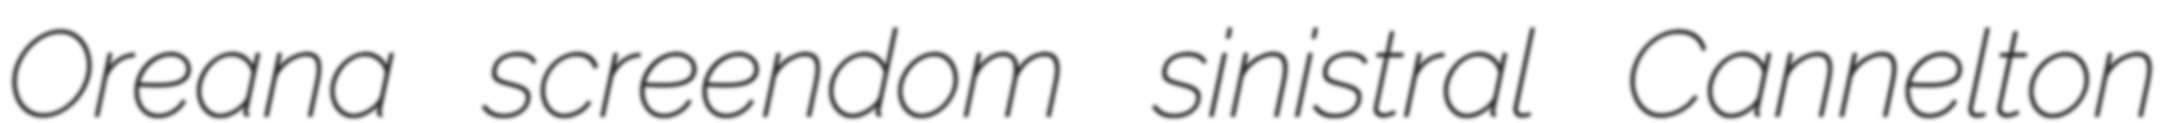
Oreana screendom sinistral Cannelton